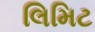
લિમિટ